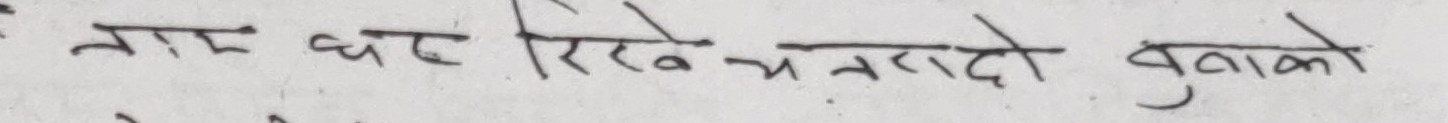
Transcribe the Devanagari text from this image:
नाम घर रिस्ने भनदो बुनाको